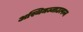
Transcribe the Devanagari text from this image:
अस्थिमज्जाउत्पन्न